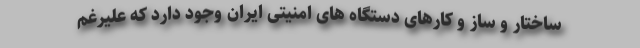
ساختار و ساز و کارهای دستگاه های امنیتی ایران وجود دارد که علیرغم